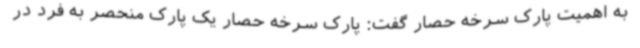
به اهمیت پارک سرخه حصار گفت: پارک سرخه حصار یک پارک منحصر به فرد در